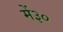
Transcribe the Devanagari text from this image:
में३०